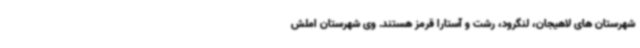
شهرستان های لاهیجان، لنگرود، رشت و آستارا قرمز هستند. وی شهرستان املش